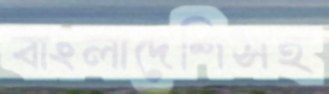
বাংলাদেশিসহ